Civil Veterinary Dept. Bombay admin report 1893-99 - 1893-1899
Year: 1893
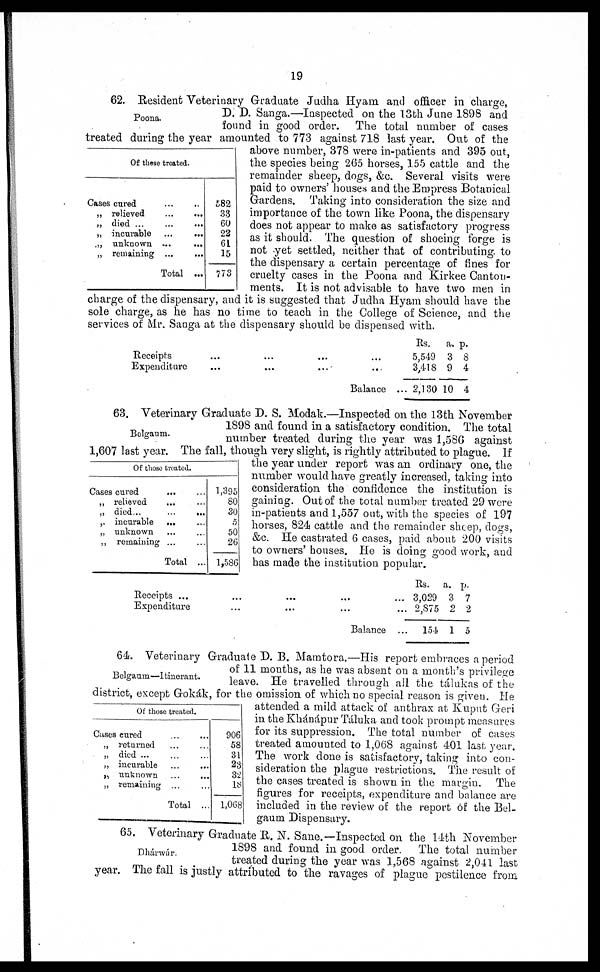
19
Poona.
Of these treated.
Cases cured ... ...
„ relieved
...
...
„ died ... ... ...
„ incurable ...
...
„ unknown ... ...
„ remaining ... ...
Total ...
582
33
60
22
61
15
773
62. Resident Veterinary Graduate Judha Hyam and officer in charge,
D. D. Sanga.—Inspected on the 13th June 1898 and
found in good order. The total number of cases
treated during the year amounted to 773 against 718 last year. Out of the
above number, 378 were in-patients and 395 out,
the species being 265 horses, 155 cattle and the
remainder sheep, dogs, &c. Several visits were
paid to owners' houses and the Empress Botanical
Gardens. Taking into consideration the size and
importance of the town like Poona, the dispensary
does not appear to make as satisfactory progress
as it should. The question of shoeing forge is
not yet settled, neither that of contributing to
the dispensary a certain percentage of fines for
cruelty cases in the Poona and Kirkee Canton-
ments. It is not advisable to have two men in
charge of the dispensary, and it is suggested that Judha Hyam should have the
sole charge, as he has no time to teach in the College of Science, and the
services of Mr. Sanga at the dispensary should be dispensed with.
Receipts
...
...
...
...
Expenditure
...
...
...
...
Balance
Rs.
5,549
3,418
... 2,130
a.
3
9
10
p.
8
4
4
Belgaum.
Of those treated.
Cases cured ... ...
„ relieved ... ...
„ died...
...
...
„ incurable ... ...
„ unknown ... ...
„ remaining ... ...
Total ...
1,395
80
30
5
50
26
1,586
63. Veterinary Graduate D. S. Modak.—Inspected on the 13th November
1898 and found in a satisfactory condition. The total
number treated during the year was 1,586 against
1,607 last year. The fall, though very slight, is rightly attributed to plague. If
the year under report was an ordinary one, the
number would have greatly increased, taking into
consideration the confidence the institution is
gaining. Out of the total number treated 29 were
in-patients and 1,557 out, with the species of 197
horses, 824 cattle and the remainder sheep, dogs,
&c. He castrated 6 cases, paid about 200 visits
to owners' houses. He is doing good work, and
has made the institution popular.
Receipts ...
... ... ...
Expenditure... ... ...
Balance
Rs.
... 3,029
... 2,875
... 154
a.
3
2
1
p.
7
2
5
Belgaum—Itinerant.
Of those treated.
Cases cured
„ returned...
...
„ died ... ...
„ incurable... ...
„ unknown... ...
„ remaining ... ...
Total ...
906
58
31
23
32
18
1,068
64. Veterinary Graduate D. B. Mamtora.—His report embraces a period
of 11 months, as he was absent on a month's privilege
leave. He travelled through all the tálukas of the
district, except Gokák, for the omission of which no special reason is given. He
attended a mild attack of anthrax at Kuput Geri
in the Khánápur Táluka and took prompt measures
for its suppression. The total number of cases
treated amounted to 1,068 against 401 last year.
The work done is satisfactory, taking into con-
sideration the plague restrictions. The result of
the cases treated is shown in the margin. The
figures for receipts, expenditure and balance are
included in the review of the report of the Bel-
gaum Dispensary.
Dhárwár.
65. Veterinary Graduate R. N. Sane.—Inspected on the 14th November
1898 and found in good order. The total number
treated during the year was 1,568 against 2,041 last
year. The fall is justly attributed to the ravages of plague pestilence from